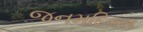
જનમદિવસ